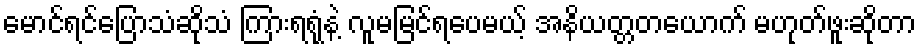
မောင်ရင်ပြောသံဆိုသံ ကြားရရုံနဲ့ လူမမြင်ရပေမယ့် အနိယတ္တတယောက် မဟုတ်ဖူးဆိုတာ